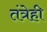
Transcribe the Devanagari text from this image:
तंत्रेही